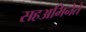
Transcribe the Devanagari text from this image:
सहअभिनेते